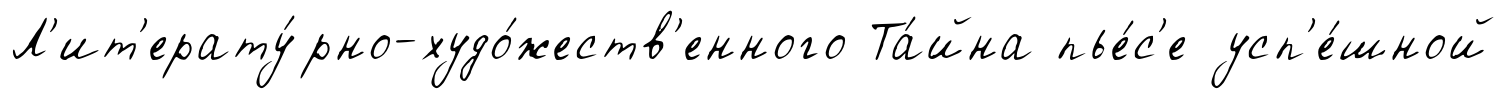
Л'ит'ерату́рно-худо́жеств'енного Та́йна пье́с'е усп'е́шной